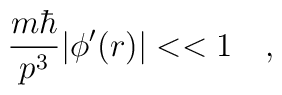
{{m \hbar}\over{p^3}} | \phi'(r)| << 1 \quad ,